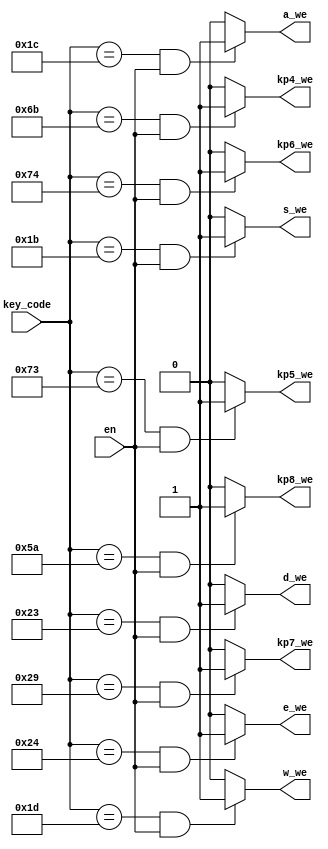
`timescale 1ns / 1ps

module KeyDecoder #(parameter D_WIDTH = 8)
                   (input[D_WIDTH-1:0] key_code,
                    input en,
                    output e_we,
                    output w_we,
                    output a_we,
                    output s_we,
                    output d_we,
                    output kp7_we,
                    output kp8_we,
                    output kp4_we,
                    output kp5_we,
                    output kp6_we);
                    
// Player 1: E W A S D
parameter PS2_E = 8'h24;
parameter PS2_W = 8'h1D;
parameter PS2_A = 8'h1C;
parameter PS2_S = 8'h1B;
parameter PS2_D = 8'h23;

// Player 2: 7 8 4 5 6 (_KEYPAD_)
// 11/24 - remove player 2 keys KP7 and KP8, add space bar and enter
//parameter PS2_KP7 = 8'h6C;
//parameter PS2_KP8 = 8'h75;
parameter PS2_KP7 = 8'h29; // space
parameter PS2_KP8 = 8'h5A; // enter
parameter PS2_KP4 = 8'h6B;
parameter PS2_KP5 = 8'h73;
parameter PS2_KP6 = 8'h74;

assign e_we = (key_code == PS2_E && en)? 1 : 0;
assign w_we = (key_code == PS2_W && en)? 1 : 0;
assign a_we = (key_code == PS2_A && en)? 1 : 0;
assign s_we = (key_code == PS2_S && en)? 1 : 0;
assign d_we = (key_code == PS2_D && en)? 1 : 0;

assign kp7_we = (key_code == PS2_KP7 && en)? 1 : 0;
assign kp8_we = (key_code == PS2_KP8 && en)? 1 : 0;
assign kp4_we = (key_code == PS2_KP4 && en)? 1 : 0;
assign kp5_we = (key_code == PS2_KP5 && en)? 1 : 0;
assign kp6_we = (key_code == PS2_KP6 && en)? 1 : 0;

endmodule